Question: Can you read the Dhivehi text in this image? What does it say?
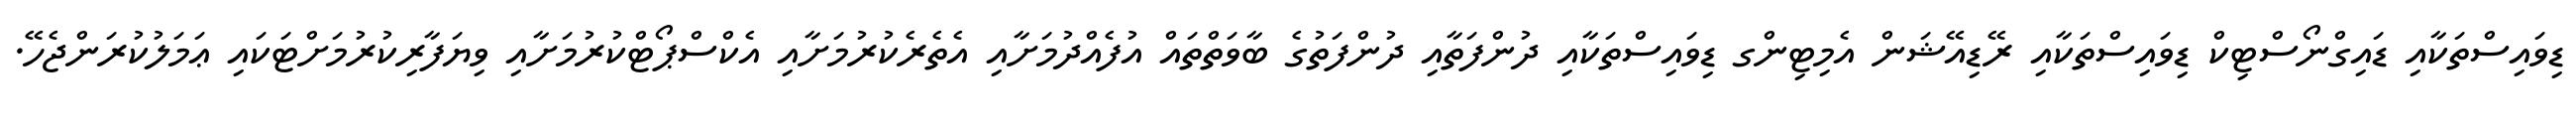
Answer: ޑިވައިސްތަކާއި ޑައިގްނޯސްޓިކް ޑިވައިސްތަކާއި ރޭޑިއޭޝަން އެމިޓިންގ ޑިވައިސްތަކާއި ދުންފަތާއި ދުންފަތުގެ ބާވަތްތައް އުފެއްދުމަށާއި އެތެރެކުރުމަށާއި އެކްސްޕޯޓްކުރުމަށާއި ވިޔަފާރިކުރުމަށްޓަކައި ޢަމަލުކުރަންޖެހޭ.